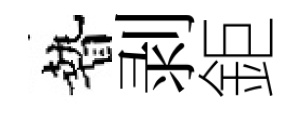
贄剥鉅